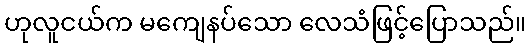
ဟုလူငယ်က မကျေနပ်သော လေသံဖြင့်ပြောသည်။